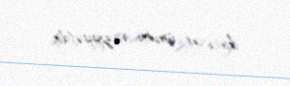
ikinci ən ümumi vəziyyətdir.